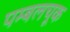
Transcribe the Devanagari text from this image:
पम्बलचूक